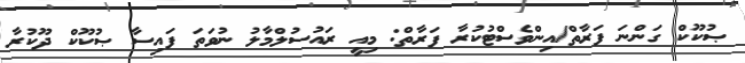
ޞުކޫކް ގަންނަ ފަރާތް/އިންވެސްޓުކުރާ ފަރާތް: މިއީ ރައުސުލްމާލު ނުވަތަ ފައިސާ ޞުކޫކް ދޫކުރާ